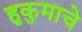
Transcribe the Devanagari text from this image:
हुकुमाचे